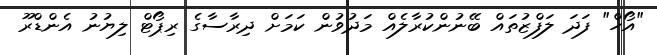
"އޯހް" ފަދަ ލަފްޒުތައް ބޭނުންކުރާލެއް މަދުވުން ކަމަށް ދިރާސާގެ ރިޕޯޓް ލިޔުނު އެންޑްރޫ